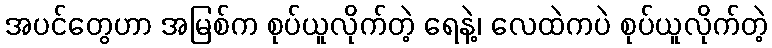
အပင်တွေဟာ အမြစ်က စုပ်ယူလိုက်တဲ့ ရေနဲ့၊ လေထဲကပဲ စုပ်ယူလိုက်တဲ့